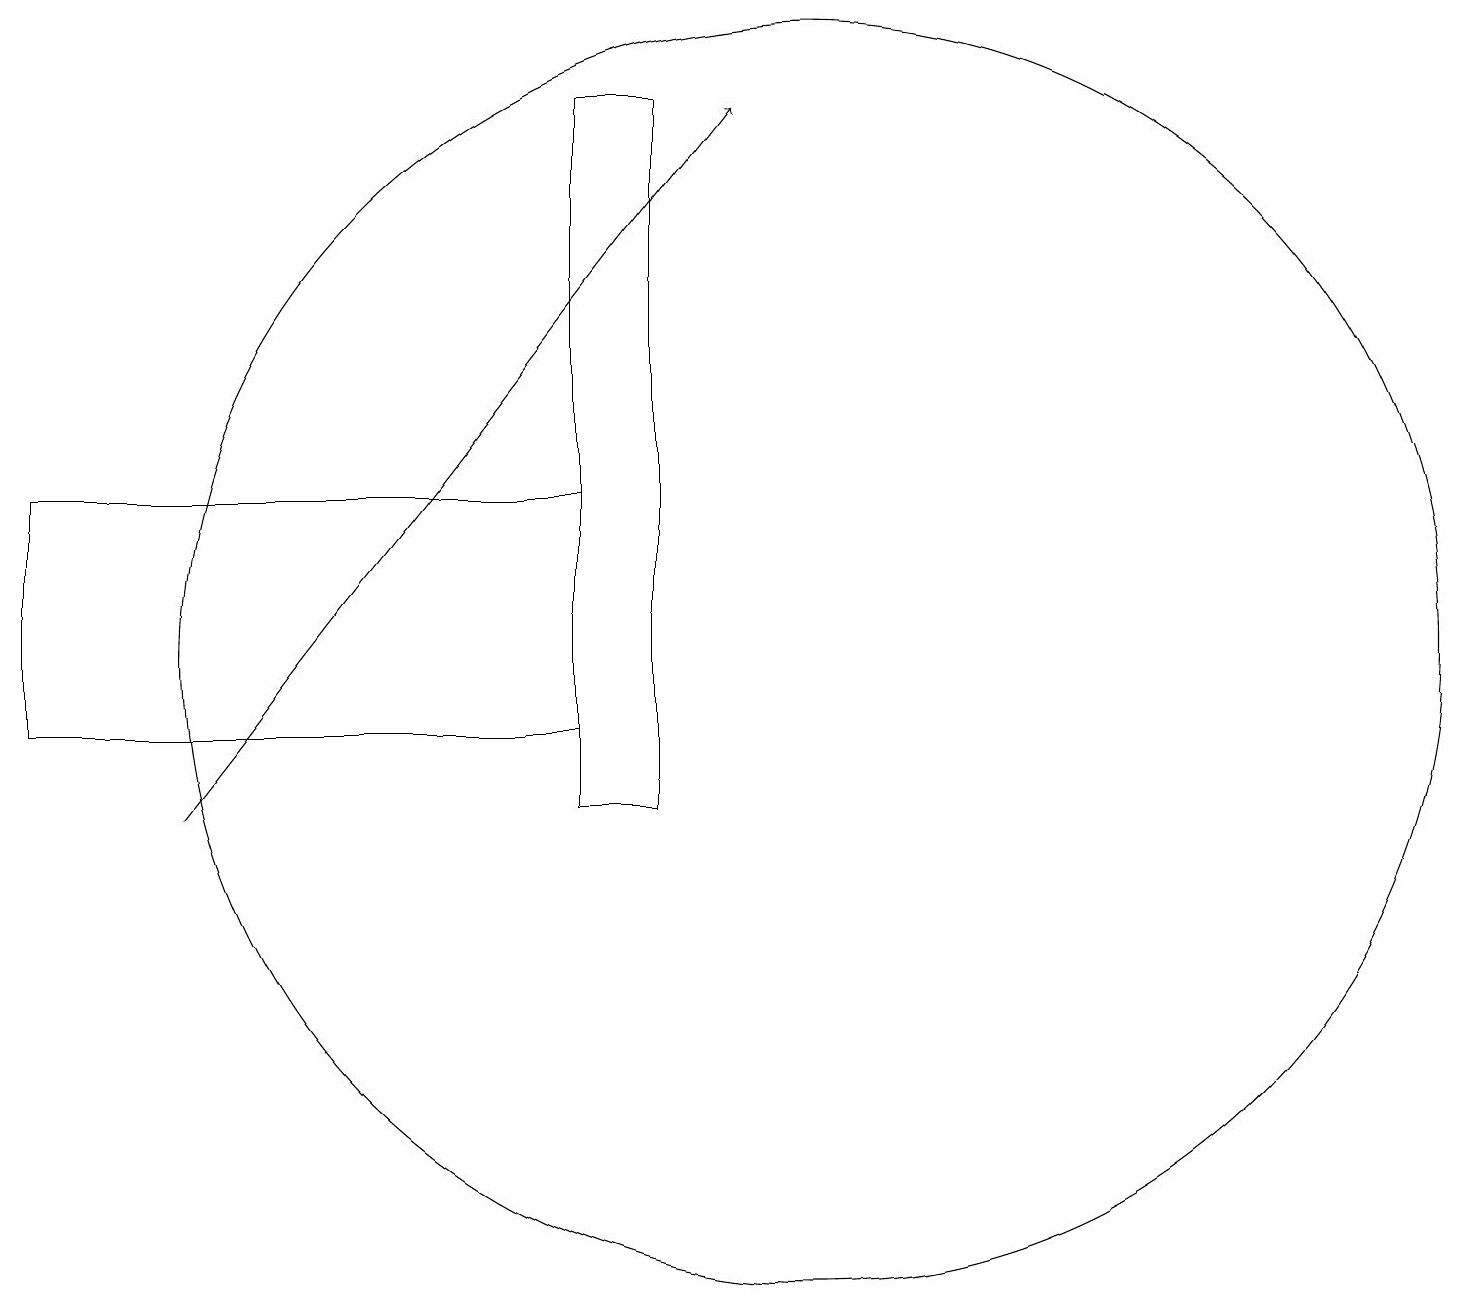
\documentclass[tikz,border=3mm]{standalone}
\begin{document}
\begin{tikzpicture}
\draw (10,12) circle (8);
\draw (8,19) rectangle (7,10);
\draw (7,11) rectangle (0,14);
\draw[->] (2,10) -- (9,19);
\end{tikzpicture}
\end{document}